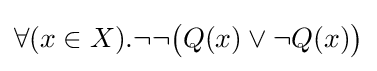
\forall (x\in X).\neg \neg {\big (}Q(x)\lor \neg Q(x){\big )}